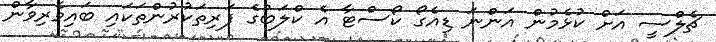
ޗެލްސީ އަށް ކުޅެމުން އަންނަ ޑިއެގޯ ކޯސްޓާ އެ ކްލަބުގެ ފަރިތަކުރުންތަކައި ބައިވެރިވާން